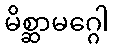
မိစ္ဆာမဂ္ဂေါ